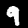
Label: 9